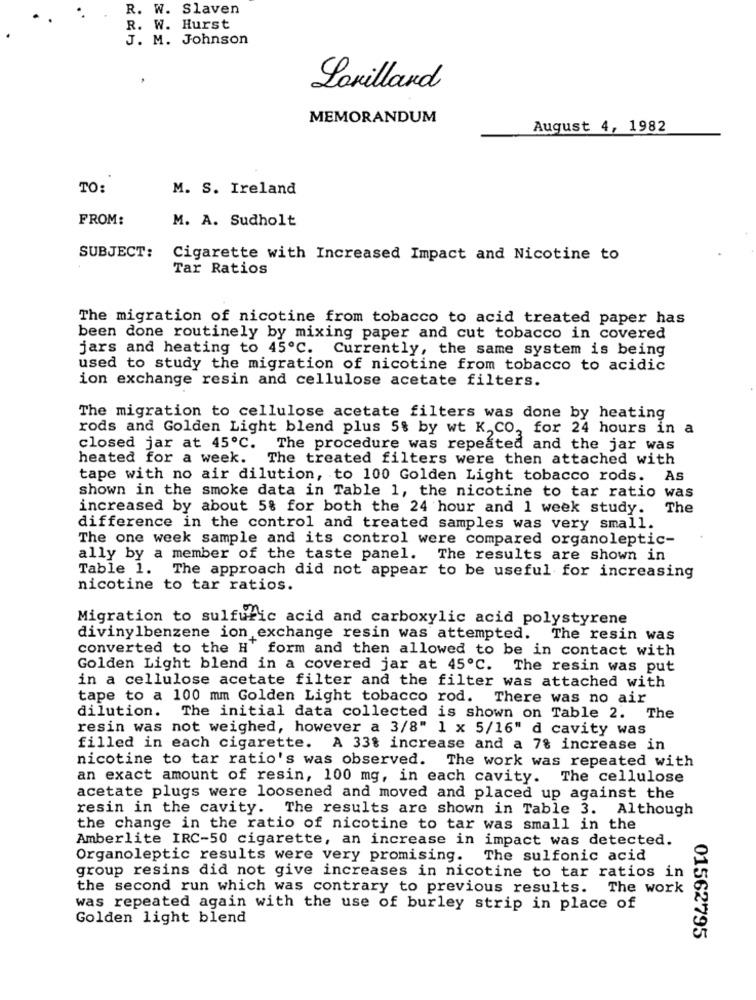
R. W. Slaven
R. W. Hurst
J. M. Johnson
Lovillard
MEMORANDUM
August 4, 1982
TO:
M. S. Ireland
FROM:
M. A. Sudholt
SUBJECT:
Cigarette with Increased Impact and Nicotine to
Tar Ratios
The migration of nicotine from tobacco to acid treated paper has
been done routinely by mixing paper and cut tobacco in covered
jars and heating to 45℃. Currently, the same system is being
used to study the migration of nicotine from tobacco to acidic
ion exchange resin and cellulose acetate filters.
The migration to cellulose acetate filters was done by heating
rods and Golden Light blend plus 5% by wt K.CO, for 24 hours in a
closed jar at 45ºC. The procedure was repeated and the jar was
heated for a week. The treated filters were then attached with
tape with no air dilution, to 100 Golden Light tobacco rods.
As
shown in the smoke data in Table 1, the nicotine to tar ratio was
increased by about 5% for both the 24 hour and 1 week study.
The
difference in the control and treated samples was very small
The one week sample and its control were compared organoleptic-
ally by a member of the taste panel.
The results are shown in
Table 1. The approach did not appear to be useful for increasing
nicotine to tar ratios.
Migration to sulfuric acid and carboxylic acid polystyrene
divinylbenzene ion exchange resin was attempted. The resin was
converted to the H' form and then allowed to be in contact with
Golden Light blend in a covered jar at 45℃. The resin was put
in a cellulose acetate filter and the filter was attached with
tape to a 100 mm Golden Light tobacco rod. There was no air
dilution. The initial data collected is shown on Table 2. The
resin was not weighed, however a 3/8" 1 x 5/16" d cavity was
filled in each cigarette. A 33% increase and a 7% increase in
nicotine to tar ratio's was observed. The work was repeated with
an exact amount of resin, 100 mg, in each cavity. The cellulose
acetate plugs were loosened and moved and placed up against the
resin in the cavity. The results are shown in Table 3. Although
the change in the ratio of nicotine to tar was small in the
Amberlite IRC-50 cigarette, an increase in impact was detected.
Organoleptic results were very promising.
The sulfonic acid
group resins did not give increases in nicotine to tar ratios in
the second run which was contrary to previous results. The work
was repeated again with the use of burley strip in place of
Golden light blend
01562795